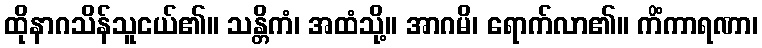
ထိုနာဂသိန်သူငယ်၏။ သန္တိကံ၊ အထံသို့။ အာဂမိ၊ ရောက်လာ၏။ ကိံကာရဏာ၊